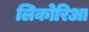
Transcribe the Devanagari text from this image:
लिकोरिआ